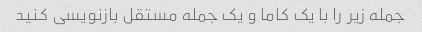
جمله زیر را با یک کاما و یک جمله مستقل بازنویسی کنید